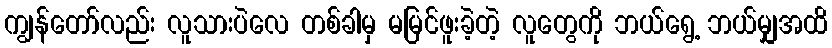
ကျွန်တော်လည်း လူသားပဲလေ တစ်ခါမှ မမြင်ဖူးခဲ့တဲ့ လူတွေကို ဘယ်ရွေ့ ဘယ်မျှအထိ